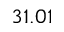
3 1 . 0 1